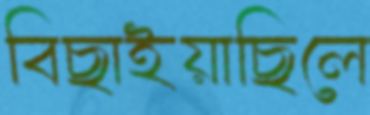
বিছাইয়াছিলে